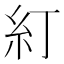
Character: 糽